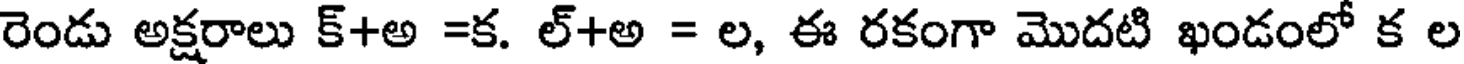
రెండు అక్షరాలు క్+అ =క. ల్+అ = ల, ఈ రకంగా మొదటి ఖండంలో క ల